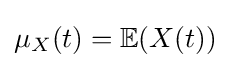
\mu _{X}(t)=\mathbb {E} (X(t))